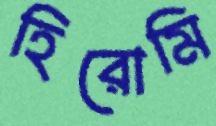
হিরোমি